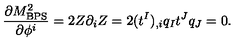
{ \frac { \partial M _ { \mathrm { B P S } } ^ { 2 } } { \partial \phi ^ { i } } } = 2 Z \partial _ { i } Z = 2 ( t ^ { I } ) _ { , i } q _ { I } t ^ { J } q _ { J } = 0 .